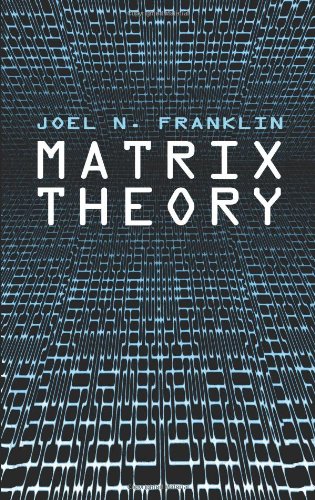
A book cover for Matrix Theory (Dover Books on Mathematics); Joel N. Franklin; Science & Math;